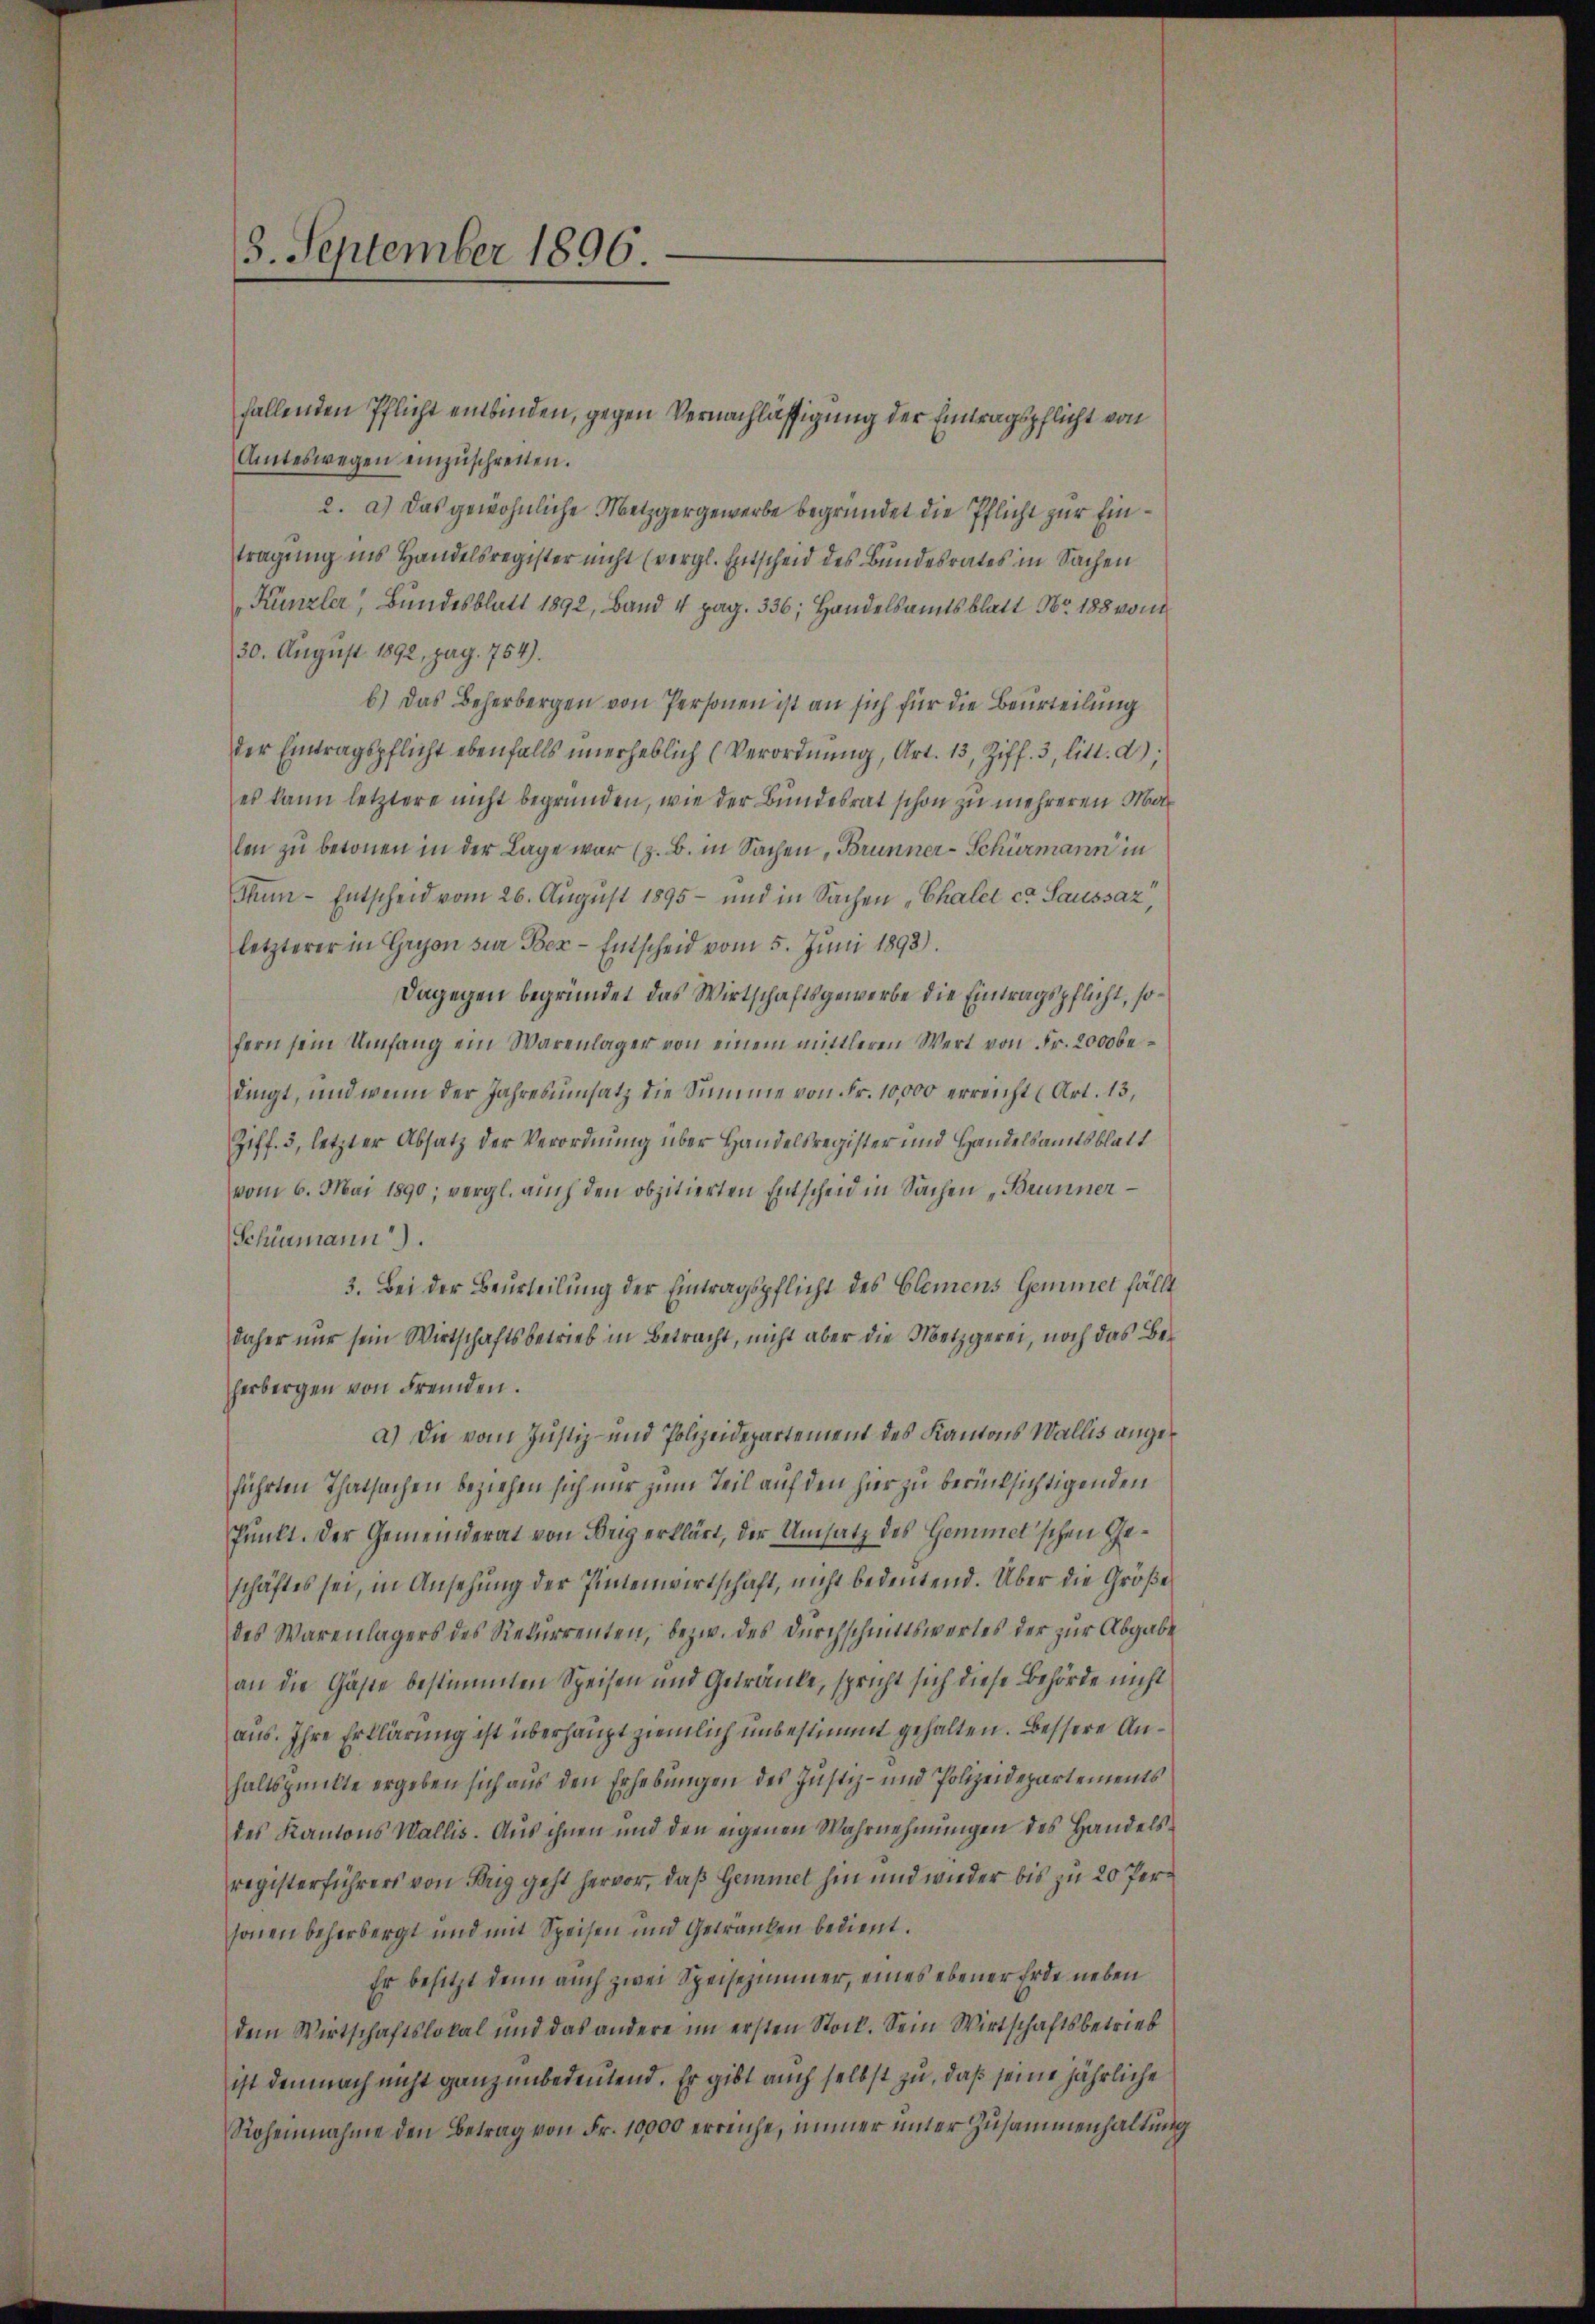
3. September 1896.

Amteswegen einzŭschreiten.
2. a.) Das gewöhnliche Metzgergewerbe begründet die Pflicht zur Eintragung ins Handelsregister nicht (vergl. Entscheid des Bundesrates in Sachen
Künzler, Bundesblatt 1892, Band 4 pag. 336; Handelsamtsblatt Nr. 188 von
30. August 1892, pag. 754).
b.) Das Beherbergen von Personen ist an sich für die Beurteilung
der Eintragspflicht ebenfalls unerheblich (Verordnung, Art. 13, Ziff. 3, litt. d);
es kann letztere nicht begründen, wie der Bundesrat schon zu mehreren Malen zu betonen in der Lage war (z. B. in Sachen, Brunner-Schurmann in
Thun - Entscheid vom 26. August 1895 - und in Sachen Chaler ca Saussaz,
letzterer in Gryon zur Ber-Entscheid vom 5. Jŭni 1893).
Dagegen begründet das Wirtschaftsgewerbe die Eintragspflicht, sofern sein Umfang ein Warenlager von einem mittleren Wert von Fr. 2000 bedingt, und wenn der Jahresumsatz die Summe von Fr. 10,000 erreicht (Art. 13,
Ziff. 3, letzter Absatz der Verordnung über Handelsregister und Handelsamtsblatt
vom 6. Mai 1890; vergl. auch den obzitierten Entscheid in Sachen „Brunner
Schömann).
3. Bei der Beurteilung der Eintragspflicht des Elemens Gemmet fällt
daher nur sein Wirtschaftsbetrieb in Betracht, nicht aber die Metzgerei, noch das Beherbergen von Fremden.
a.) Die vom Justiz- und Polizeidepartement des Kantons Wallis angeführten Thatsachen beziehen sich nur zum Teil auf den hier zu berücksichtigenden
Punkt. Der Gemeinderat von Brig erklärt, der Umsatz des Gemmet'schen Geschäftes sei, in Ansehung der Pintenwirtschaft, nicht bedeutend. Über die Größe
des Warenlagers des Rekurrenten, bezw. des Durchschnittswertes der zŭr Abgabe
an die Gäste bestimmten Speisen und Getränke, spricht sich diese Behörde nicht
aus. Ihre Erklärung ist überhaupt ziemlich unbestimmt gehalten. Bessere Anhaltspunkte ergeben sich aus den Erhebungen des Justiz- und Polizeidepartements
des Kantons Wallis. Aus ihnen und den eigenen Wahrnehmungen des Handelsregisterführers von Brig geht hervor, daß Gemmet hin und wieder bis zu 20 Personen beherbergt und mit Speisen und Getränken bedient.
Er besitzt denn auch zwei Speisezimmer, eines ebener Erde neben
dem Wirtschaftslokal und das andere im ersten Stock. Sein Wirtschaftsbetrieb
ist demnach nicht ganz unbedeutend. Er gibt auch selbst zu, daß seine jährliche
Rohennahme den Betrag von Fr. 10000 erreiche, immer unter Zusammenhaltung

fallenden Pflicht einbinden, gegen Vernachlässigung der Eintragspflicht von